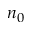
n _ { 0 }